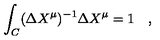
\int _ { C } ( \Delta X ^ { \mu } ) ^ { - 1 } \Delta X ^ { \mu } = 1 \quad ,